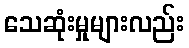
သေဆုံးမှုများလည်း